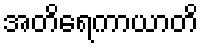
အတိရေကာယာတိ